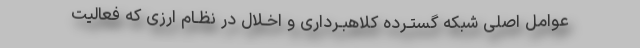
عوامل اصلی شبکه گستـرده کلاهبـرداری و اخـلال در نظـام ارزی که فعالیت